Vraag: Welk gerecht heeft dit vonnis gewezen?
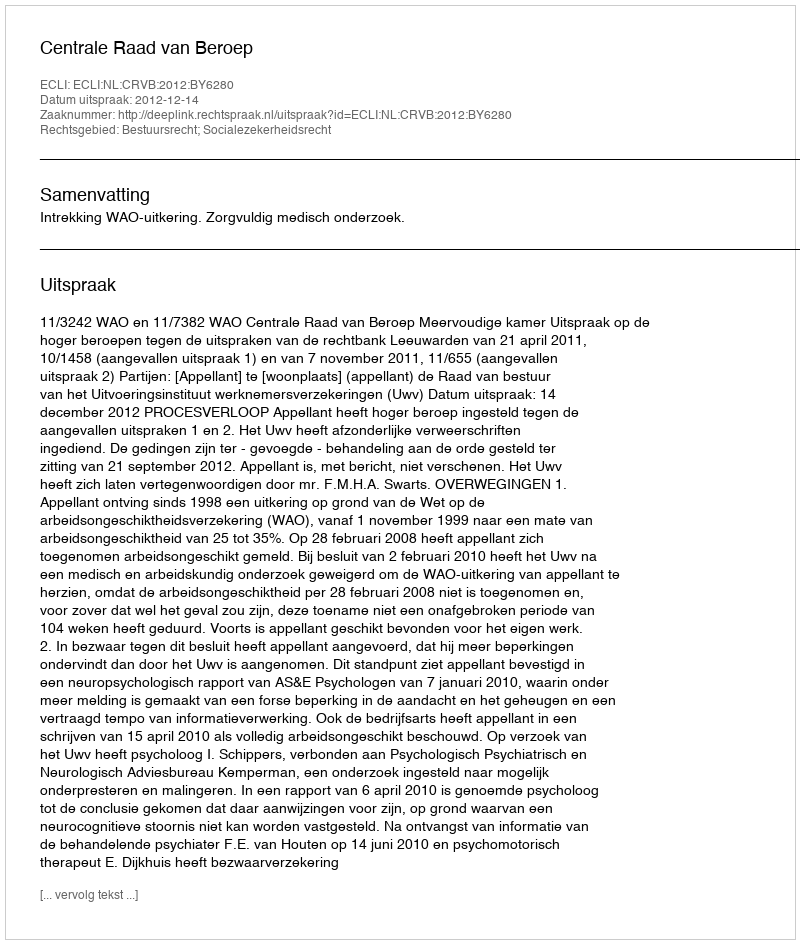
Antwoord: Centrale Raad van Beroep